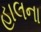
હાલના